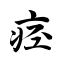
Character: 痉